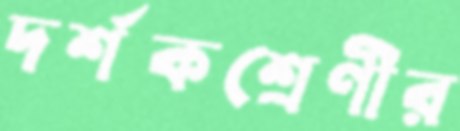
দর্শকশ্রেণীর